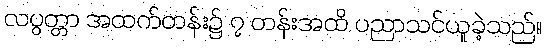
လပွတ္တာ အထက်တန်း၌ ၇ တန်းအထိ ပညာသင်ယူခဲ့သည်။